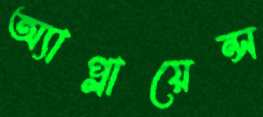
অ্যাপ্লায়েন্স